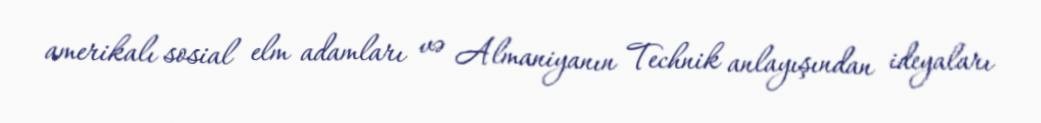
amerikalı sosial elm adamları və Almaniyanın Technik anlayışından ideyaları